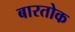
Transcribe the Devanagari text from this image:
बारतोक